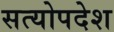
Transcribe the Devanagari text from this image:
सत्योपदेश